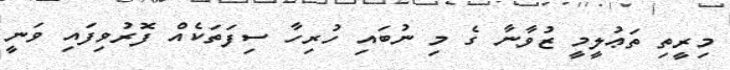
މިރީތި ތަޢުލީމީ ޒުވާނާ ގެ މި ނުބައި ހުރިހާ ސިފަތަކެއް ފޮރުވިފައި ވަނީ